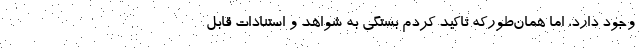
وجود دارد، اما همان‌طورکه تاکید کردم بستگی به شواهد و استنادات قابل